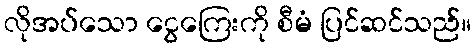
လိုအပ်သော ငွေကြေးကို စီမံ ပြင်ဆင်သည်။